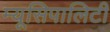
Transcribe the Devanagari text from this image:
म्यूसिपालिटी